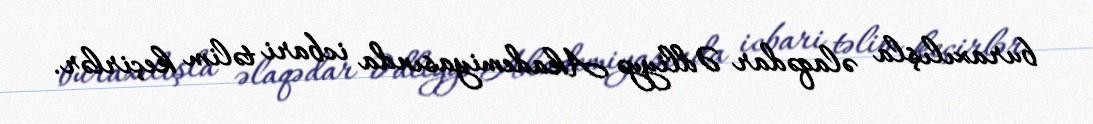
buraxılışla əlaqədar Ədliyyə Akademiyasında icbari təlim keçirlər.